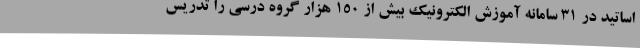
اساتید در ۳۱ سامانه آموزش الکترونیک بیش از ۱۵۰ هزار گروه درسی را تدریس